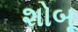
શોબૂ